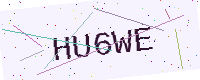
Text: HU6WE